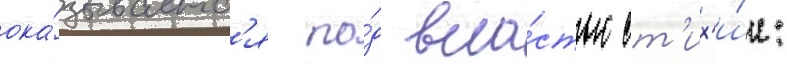
ока́зываетс'я по́д вла́стью ст'их'и́и: